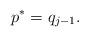
LaTeX: \begin{align*} p^*=q_{j-1}. \end{align*}